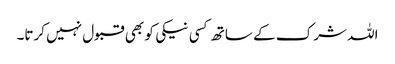
اللہ شرک کے ساتھ کسی نیکی کو بھی قبول نہیں کرتا۔